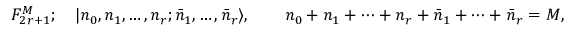
F _ { 2 r + 1 } ^ { M } ; \quad | n _ { 0 } , n _ { 1 } , \ldots , n _ { r } ; \bar { n } _ { 1 } , \ldots , \bar { n } _ { r } \rangle , \qquad n _ { 0 } + n _ { 1 } + \cdots + n _ { r } + \bar { n } _ { 1 } + \cdots + \bar { n } _ { r } = M ,